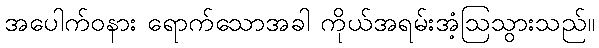
အပေါက်ဝနား ရောက်သောအခါ ကိုယ်အရမ်းအံ့ဩသွားသည်။